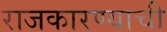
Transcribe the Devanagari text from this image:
राजकारण्याची